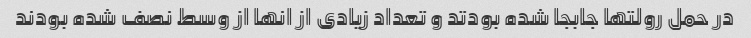
در حمل رولتها جابجا شده بودتد و تعداد زیادی از انها از وسط نصف شده بودند